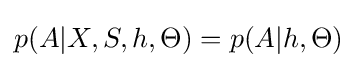
p(A|X,S,h,\Theta )=p(A|h,\Theta )